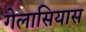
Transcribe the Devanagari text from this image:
गेलासियास